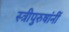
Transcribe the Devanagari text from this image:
स्त्रीपुरुषांनीं